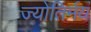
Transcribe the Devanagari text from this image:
ज्योतिर्मयं